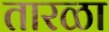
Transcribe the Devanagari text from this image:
तारळा